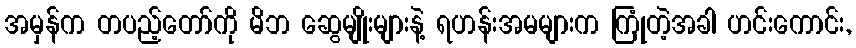
အမှန်က တပည့်တော်ကို မိဘ ဆွေမျိုးများနဲ့ ရဟန်းအမများက ကြုံတဲ့အခါ ဟင်းကောင်း,